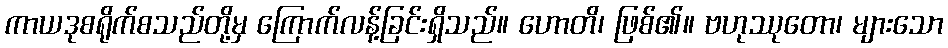
ကာယဒုစရိုက်စသည်တို့မှ ကြောက်လန့်ခြင်းရှိသည်။ ဟောတိ၊ ဖြစ်၏။ ဗဟုဿုတော၊ များသော